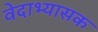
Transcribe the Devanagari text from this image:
वेदाभ्यासक